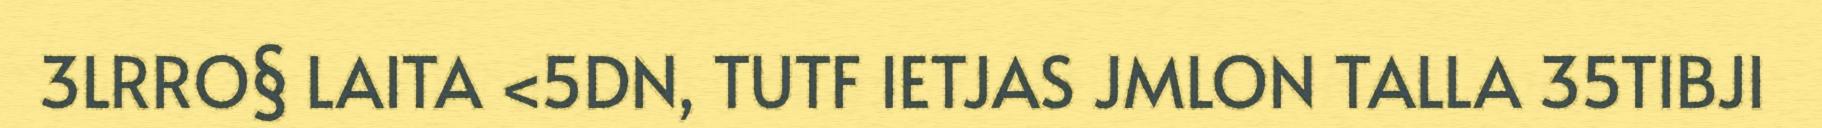
3LRRO§ LAITA <5DN, TUTF IETJAS JMLON TALLA 35TIBJI